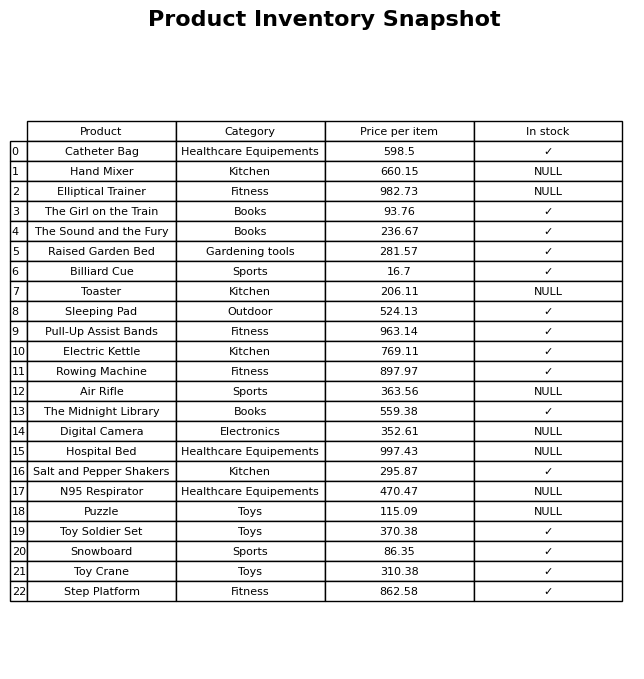
question: What is the price of the Snowboard?
answer: The price of Snowboard is 86.35.